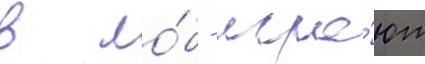
в ло́б - игра́ют